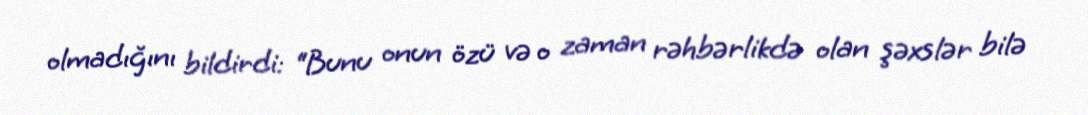
olmadığını bildirdi: “Bunu onun özü və o zaman rəhbərlikdə olan şəxslər bilə